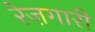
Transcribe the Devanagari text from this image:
रेज़गारी